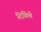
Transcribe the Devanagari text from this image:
दिविणे